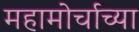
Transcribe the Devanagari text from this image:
महामोर्चाच्या